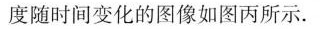
度随时间变化的图像如图丙所示.